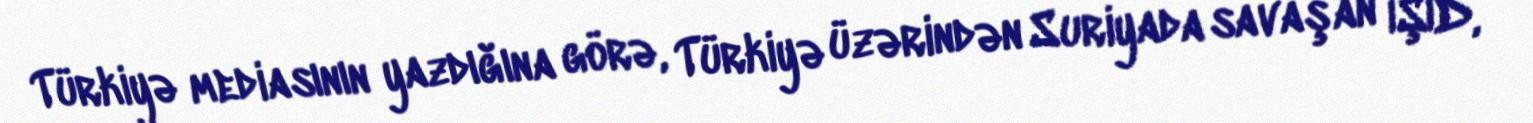
Türkiyə mediasının yazdığına görə, Türkiyə üzərindən Suriyada savaşan İŞİD,